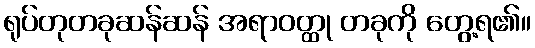
ရုပ်တုတခုဆန်ဆန် အရာဝတ္ထု တခုကို တွေ့ရ၏။